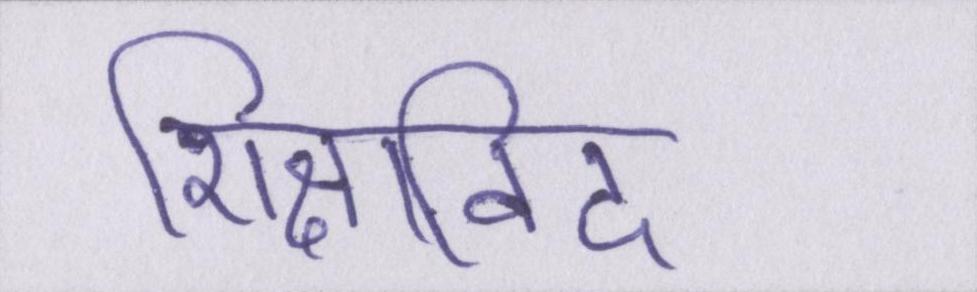
शिक्षाविद